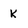
Character: k